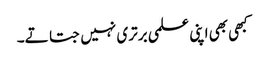
کبھی بھی اپنی علمی برتری نہیں جتاتے۔